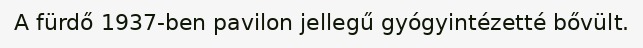
A fürdő 1937-ben pavilon jellegű gyógyintézetté bővült.